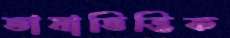
ভাষাভিত্তিক